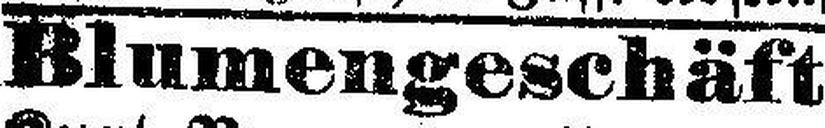
Blumengeschäft